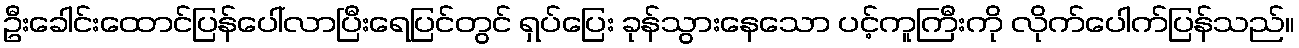
ဦးခေါင်းထောင်ပြန်ပေါ်လာပြီးရေပြင်တွင် ရှပ်ပြေး ခုန်သွားနေသော ပင့်ကူကြီးကို လိုက်ပေါက်ပြန်သည်။